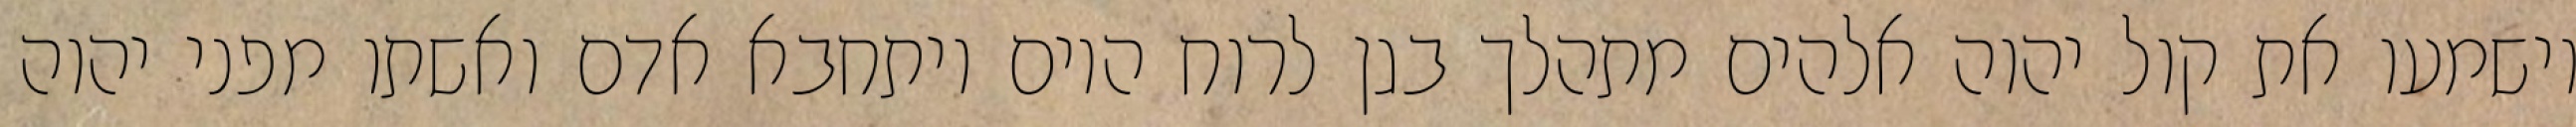
וישמעו את קול יהוה אלהים מתהלך בגן לרוח היום ויתחבא אדם ואשתו מפני יהוה